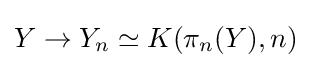
Y\rightarrow Y_{n}\simeq K(\pi _{n}(Y),n)